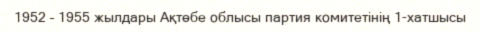
1952 – 1955 жылдары Ақтөбе облысы партия комитетінің 1-хатшысы